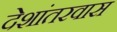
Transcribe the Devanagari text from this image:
देशांतरवास